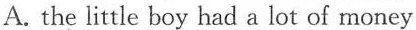
A.the little boy had a lot of money